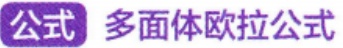
公式 多面体欧拉公式